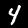
Label: 4